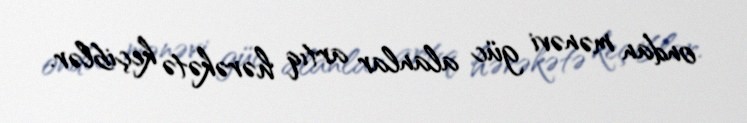
ondan mənəvi güc alanlar artıq hərəkətə keçiblər.